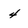
Character: 4